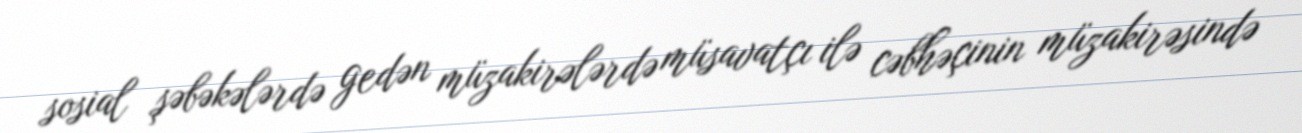
sosial şəbəkələrdə gedən müzakirələrdə müsavatçı ilə cəbhəçinin müzakirəsində